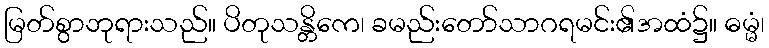
မြတ်စွာဘုရားသည်။ ပိတုသန္တိကေ၊ ခမည်းတော်သာဂရမင်း၏အထံ၌။ ဓမ္မံ၊